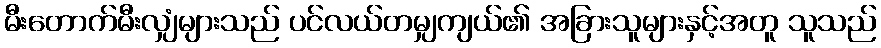
မီးတောက်မီးလျှံများသည် ပင်လယ်တမျှကျယ်၏ အခြားသူများနှင့်အတူ သူသည်